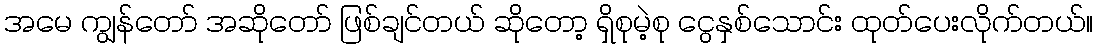
အမေ ကျွန်တော် အဆိုတော် ဖြစ်ချင်တယ် ဆိုတော့ ရှိစုမဲ့စု ငွေနှစ်သောင်း ထုတ်ပေးလိုက်တယ်။